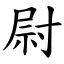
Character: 尉